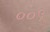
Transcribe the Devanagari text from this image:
००९